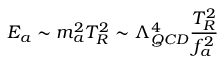
E _ { a } \sim m _ { a } ^ { 2 } T _ { R } ^ { 2 } \sim \Lambda _ { Q C D } ^ { 4 } { \frac { T _ { R } ^ { 2 } } { f _ { a } ^ { 2 } } }